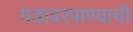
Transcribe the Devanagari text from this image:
गडावरपाण्याची